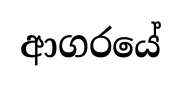
ආගරයේ